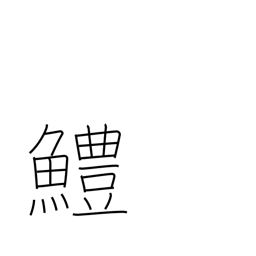
Meaning: sea eel